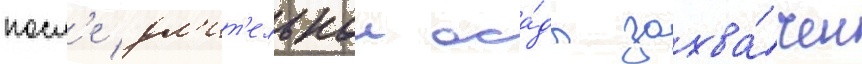
посл'е дл'ит'ельнои оса́ды захва́чен